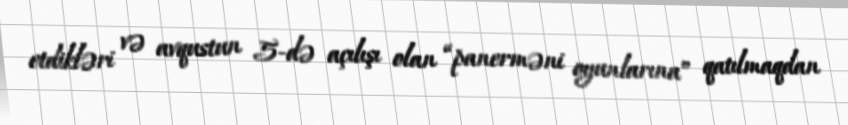
etdikləri və avqustun 5-də açılışı olan “panerməni oyunlarına” qatılmaqdan